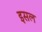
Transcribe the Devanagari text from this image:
इसल